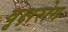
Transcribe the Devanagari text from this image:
वृक्षरोग